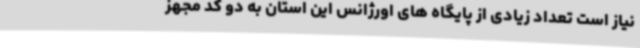
نیاز است تعداد زیادی از پایگاه های اورژانس این استان به دو کد مجهز